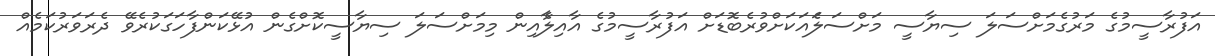
އަފުރާސީމުގެ މަރުގެމަށްސަލަ ސިޔާސީ މަށްސަލަެއަކަށްވުރެބޮޑަށް އަފުރާސީމުގެ އާއިލާެއިން މިމަށްސަލަ ސިޔާސީކޮށްގެން އުޅޭކަންފާހަގަކުރެވޭ ދެރަވަރުކަމެއް